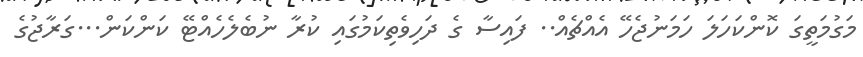
މަގުމަތީގަ ކޮންކަހަލަ ހަމަނުޖެހޭ އެއްޗެއް.. ފައިސާ ގެ ދަހިވެތިކަމުގައި ކުރާ ނުބެލެހެއްޓޭ ކަންކަން...ގަރާޖުގެ